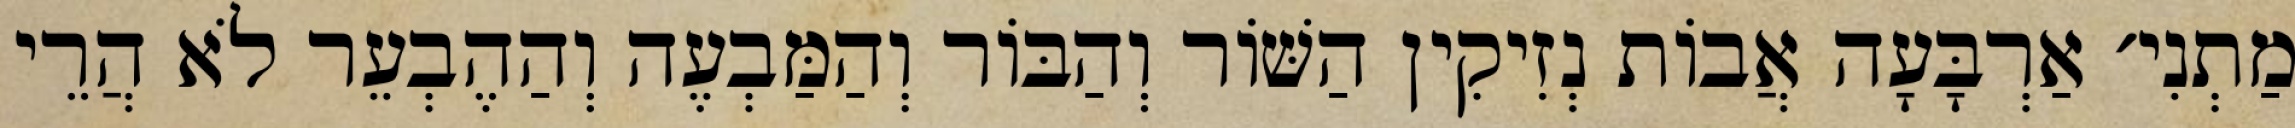
מַתְנִי׳ אַרְבָּעָה אֲבוֹת נְזִיקִין הַשּׁוֹר וְהַבּוֹר וְהַמַּבְעֶה וְהַהֶבְעֵר לֹא הֲרֵי